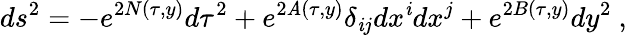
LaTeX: ds^{2}=-e^{2N(\tau,y)}d\tau^{2}+e^{2\mathit{A}(\tau,y)}\delta_{\mathit{i}j}dx^{\mathit{i}}dx^{j}+e^{2B(\tau,y)}dy^{2}~,